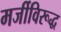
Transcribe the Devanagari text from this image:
मर्जीविरूद्ध